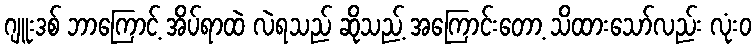
ဂျူးဒစ် ဘာကြောင့် အိပ်ရာထဲ လဲရသည် ဆိုသည့် အကြောင်းတော့ သိထားသော်လည်း လုံးဝ